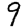
Digit: 9